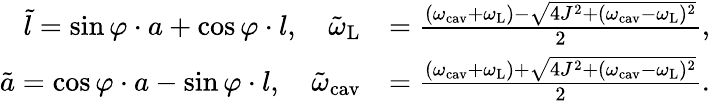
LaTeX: \begin{array}{rl}{\tilde{l}=\sin\varphi\cdot a+\cos\varphi\cdot l,\quad\tilde{\omega}_{\mathrm{L}}}&{=\frac{(\omega_{\mathrm{cav}}+\omega_{\mathrm{L}})-\sqrt{4J^{2}+(\omega_{\mathrm{cav}}-\omega_{\mathrm{L}})^{2}}}{2},}\\ {\tilde{a}=\cos\varphi\cdot a-\sin\varphi\cdot l,\quad\tilde{\omega}_{\mathrm{cav}}}&{=\frac{(\omega_{\mathrm{cav}}+\omega_{\mathrm{L}})+\sqrt{4J^{2}+(\omega_{\mathrm{cav}}-\omega_{\mathrm{L}})^{2}}}{2}.}\end{array}